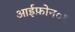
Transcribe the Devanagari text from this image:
आईफ़ोन०६